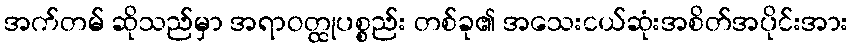
အက်တမ် ဆိုသည်မှာ အရာဝတ္ထုပစ္စည်း တစ်ခု၏ အသေးငယ်ဆုံးအစိတ်အပိုင်းအား